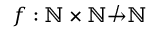
f : \mathbb { N } \times \mathbb { N } \not \to \mathbb { N }